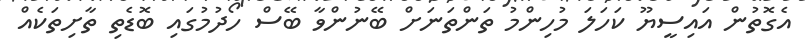
އެގޮތުން އައިސީޔޫ ކަހަލަ މުހިންމު ތަންތަނަށް ބޭނުންވާ ބޭސް ހޯދުމުގައި ބޮޑެތި ތާށިތަކެއް